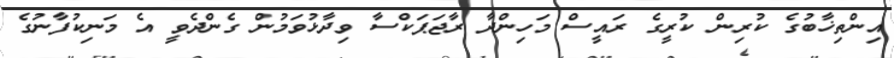
އިންތިޚާބުގެ ކުރިން ކުރީގެ ރައީސް މަހިންދާ ރާޖަޕަކްސާ ވިދާޅުވަމުން ގެންދެވީ އެ މަނިކުފާނުގެ